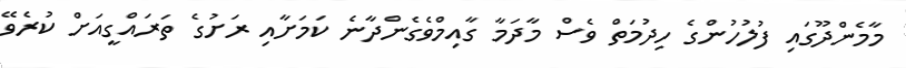
މާމެންދޫގައި ފުލުހުންގެ ހިދުމަތް ވެސް މާދަމާ ގާއިމްވެގެންދާނެ ކަމަށާއި ރަށުގެ ތަރައްގީއަށް ކުރެވޭ